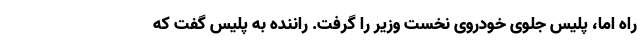
راه اما، پلیس جلوی خودروی نخست وزیر را گرفت. راننده به پلیس گفت که